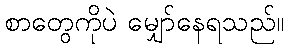
စာတွေကိုပဲ မျှော်နေရသည်။